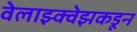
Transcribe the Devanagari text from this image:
वेलाझ्क्वेझकडून